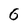
Character: 6